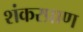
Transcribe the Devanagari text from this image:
शंकरप्राण